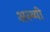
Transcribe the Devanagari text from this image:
अस्थ्यी